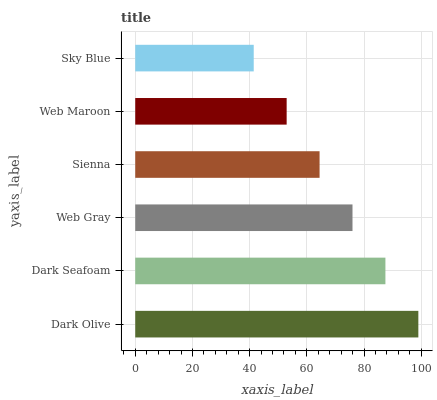
| yaxis_label | bars |
 | --- | --- |
 | Dark Olive | 99 |
 | Dark Seafoam | 87.5 |
 | Web Gray | 76 |
 | Sienna | 64.5 |
 | Web Maroon | 52.9 |
 | Sky Blue | 41.4 |